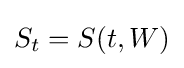
S_{t}=S(t,W)